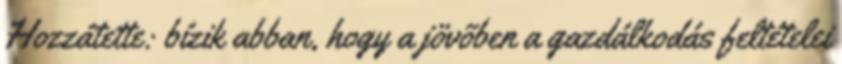
Hozzátette: bízik abban, hogy a jövõben a gazdálkodás feltételei